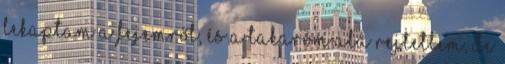
lekaptam a fejemről, és a takaróm alá rejtettem, de